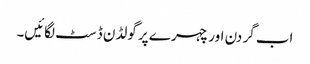
اب گر دن اور چہر ے پر گولڈن ڈسٹ لگائیں۔